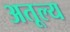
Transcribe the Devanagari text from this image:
अतूल्य